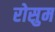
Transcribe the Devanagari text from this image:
रोसुम